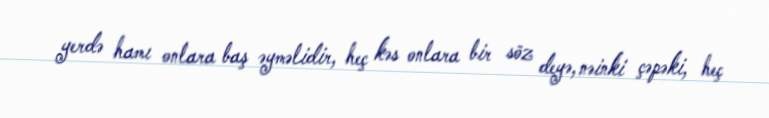
yerdə hamı onlara baş əyməlidir, heç kəs onlara bir söz deyə, nəinki çəpəki, heç